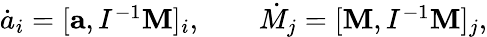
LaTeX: \begin{array}{r}{\dot{a}_{i}=[{\mathbf a},I^{-1}{\mathbf M}]_{i},\qquad\dot{M}_{j}=[{\mathbf M},I^{-1}{\mathbf M}]_{j},}\end{array}